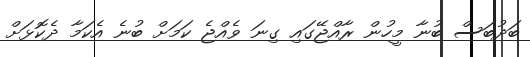
ބަދުބަސް ބުނާ މީހުން ރާއްޖޭގައި ގިނަ ވެއްޖެ ކަމަށް ބުނެ އެކަމާ ދެކޮޅަށް